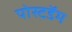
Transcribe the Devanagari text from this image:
पोस्टडॅम